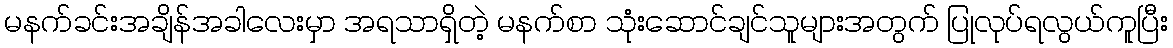
မနက်ခင်းအချိန်အခါလေးမှာ အရသာရှိတဲ့ မနက်စာ သုံးဆောင်ချင်သူများအတွက် ပြုလုပ်ရလွယ်ကူပြီး